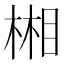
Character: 𣕦